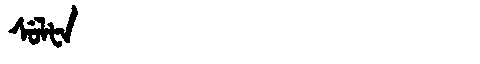
Manchu: ᠰᡠᠯᡶᠠ
Romanization: SULFA